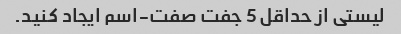
لیستی از حداقل 5 جفت صفت-اسم ایجاد کنید.